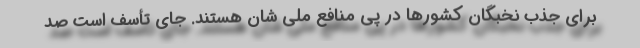
برای جذب نخبگان کشورها در پی منافع ملی شان هستند. جای تأسف است صد